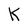
Character: K